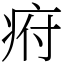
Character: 㾈